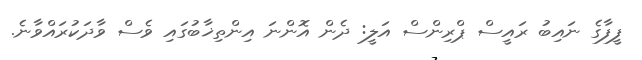
ފީފާގެ ނައިބު ރައީސް ޕްރިންސް އަލީ: ދެން އޮންނަ އިންތިޚާބުގައި ވެސް ވާދަކުރައްވާނެ.